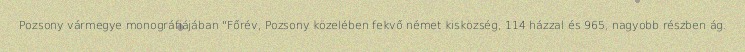
Pozsony vármegye monográfiájában "Főrév, Pozsony közelében fekvő német kisközség, 114 házzal és 965, nagyobb részben ág.